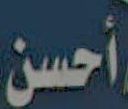
أحسن